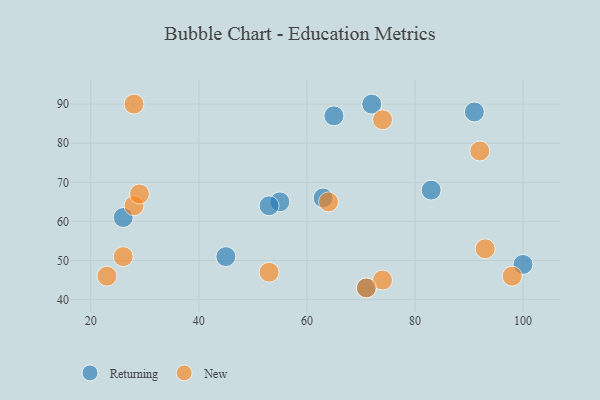
{"axis": {"x": "GDP", "y": "Life Expectancy"}, "legend": ["New", "Returning"], "data": [{"x": "71", "y": 43, "type": "Returning"}, {"x": "100", "y": 49, "type": "Returning"}, {"x": "91", "y": 88, "type": "Returning"}, {"x": "45", "y": 51, "type": "Returning"}, {"x": "63", "y": 66, "type": "Returning"}, {"x": "26", "y": 61, "type": "Returning"}, {"x": "55", "y": 65, "type": "Returning"}, {"x": "72", "y": 90, "type": "Returning"}, {"x": "53", "y": 64, "type": "Returning"}, {"x": "83", "y": 68, "type": "Returning"}, {"x": "65", "y": 87, "type": "Returning"}, {"x": "28", "y": 64, "type": "New"}, {"x": "29", "y": 67, "type": "New"}, {"x": "74", "y": 45, "type": "New"}, {"x": "23", "y": 46, "type": "New"}, {"x": "71", "y": 43, "type": "New"}, {"x": "26", "y": 51, "type": "New"}, {"x": "92", "y": 78, "type": "New"}, {"x": "53", "y": 47, "type": "New"}, {"x": "28", "y": 90, "type": "New"}, {"x": "74", "y": 86, "type": "New"}, {"x": "64", "y": 65, "type": "New"}, {"x": "98", "y": 46, "type": "New"}, {"x": "93", "y": 53, "type": "New"}]}